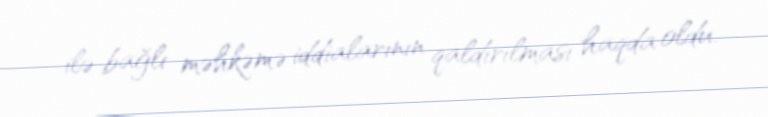
ilə bağlı məhkəmə iddialarının qaldırılması haqda oldu.